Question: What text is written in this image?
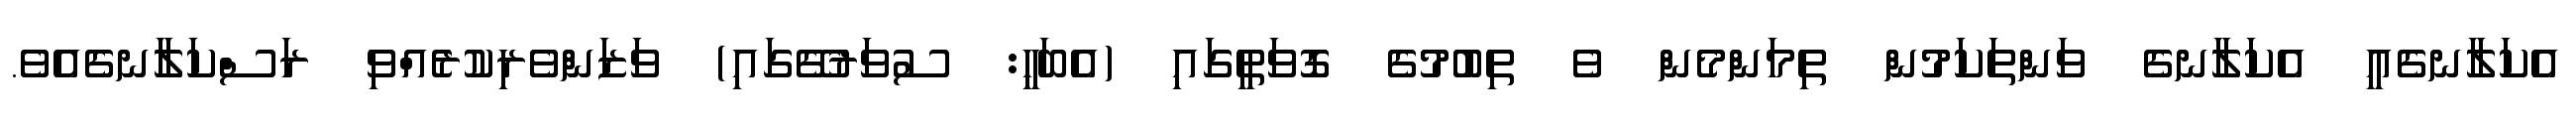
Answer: އެކަލާނގެއީ އެކަލާނގެ ވަންތަކަމުން ތިމަންމެން ވެ ތިބުމުގެ ގޮވަތީގައި (އެބަހީ: ސުވަރުގޭގައި) ވަޒަންވެރިކުރެއްވި ރަސްކަލާނގެއެވެ.